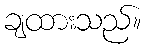
ချထားသည်။